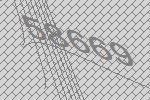
58669